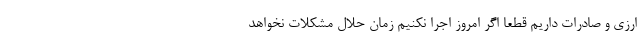
ارزی و صادرات داریم قطعاً اگر امروز اجرا نکنیم زمان حلال مشکلات نخواهد